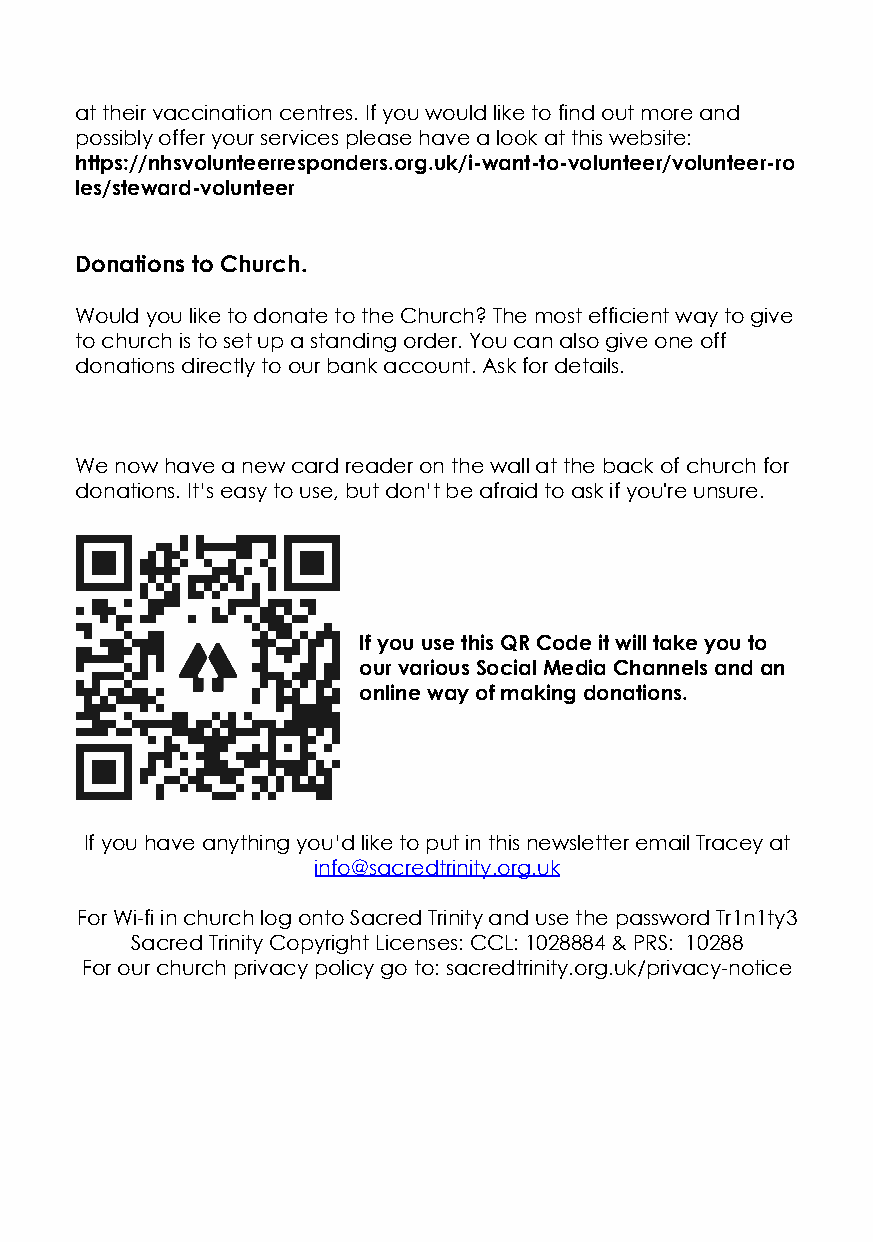
at their vaccination centres. If you would like to find out more and
 possibly offer your services please have a look at this website:
 https://nhsvolunteerresponders.org.uk/i-want-to-volunteer/volunteer-ro
 les/steward-volunteer
 Donations to Church.
 Would you like to donate to the Church? The most efficient way to give
 to church is to set up a standing order. You can also give one off
 donations directly to our bank account. Ask for details.
 We now have a new card reader on the wall at the back of church for
 donations. It’s easy to use, but don’t be afraid to ask if you're unsure.
 If you use this QR Code it will take you to
 our various Social Media Channels and an
 online way of making donations.
 If you have anything you’d like to put in this newsletter email Tracey at
 info@sacredtrinity.org.uk
 For Wi-fi in church log onto Sacred Trinity and use the password Tr1n1ty3
 Sacred Trinity Copyright Licenses: CCL: 1028884 & PRS: 10288
 For our church privacy policy go to: sacredtrinity.org.uk/privacy-notice